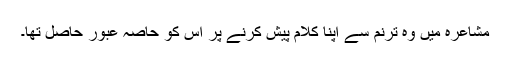
مشاعرہ میں وہ ترنم سے اپنا کلام پیش کرنے پر اس کو حاصہ عبور حاصل تھا۔